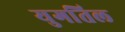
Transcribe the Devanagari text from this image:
युगतिल